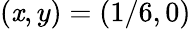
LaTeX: \left(\mathit{x},y\right)=\left(1/6,0\right)